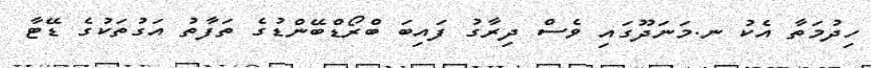
ހިދުމަތާ އެކު ނ.މަނަދޫގައި ވެސް ދިރާގު ފައިބަ ބްރޯޑްބޭންޑުގެ ތަފާތު އަގުތަކުގެ ޑޭޓާ